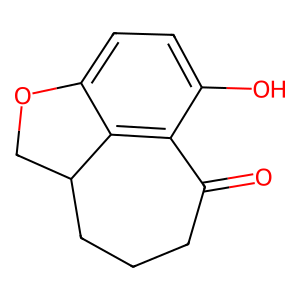
SMILES: O=C1CCCC2COc3ccc(O)c1c32
Inhibits HIV replication: No